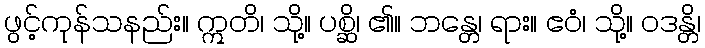
ဖွင့်ကုန်သနည်း။ ဣတိ၊ သို့။ ပစ္ဆိ၊ ၏။ ဘန္တေ၊ ရား။ ဧဝံ၊ သို့။ ဝဒန္တိ၊